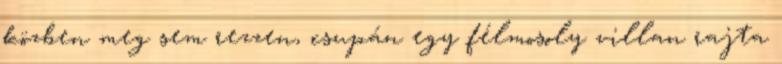
közben meg sem rezzen, csupán egy félmosoly villan rajta